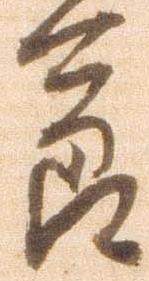
節